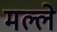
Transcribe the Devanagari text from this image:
मल्ले